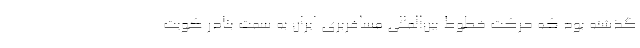
گذشته بود که حرکت خطوط بین‌المللی مسافربری ایران به سمت بنادر کویت